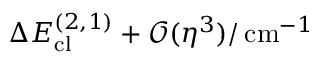
\Delta E _ { \mathrm { c l } } ^ { ( 2 , 1 ) } + \mathcal { O } ( \eta ^ { 3 } ) / \, \mathrm { c m } ^ { - 1 }